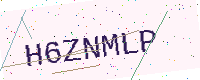
Text: H6ZNMLP